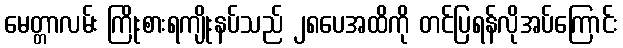
မေတ္တာလမ်း ကြိုးစားရကျိုးနပ်သည် ၂၈ပေအထိကို တင်ပြရန်လိုအပ်ကြောင်း